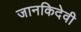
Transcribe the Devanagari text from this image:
जानकिदेवी